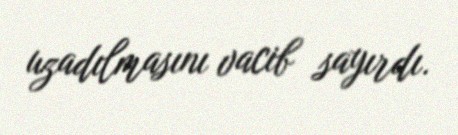
uzadılmasını vacib sayırdı.